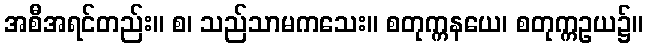
အစီအရင်တည်း။ စ၊ သည်သာမကသေး။ စတုက္ကနယေ၊ စတုက္ကဥယ၌။